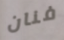
فنان